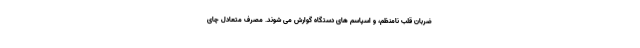
ضربان قلب نامنظم، و اسپاسم های دستگاه گوارش می شوند. مصرف متعادل چای